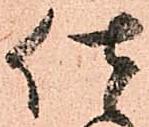
仕